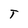
Character: T